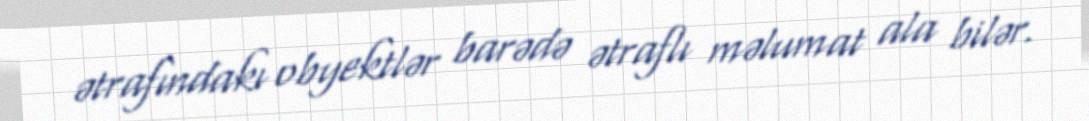
ətrafındakı obyektlər barədə ətraflı məlumat ala bilər.